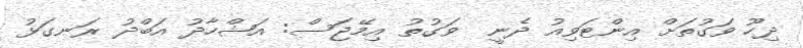
ދިހޫ ވަގުތަށް އިންޓަވިއު ދެނީ  ވަގުތު އިމޭޖަސް: އަޝްހާދު އަބްދު ރަނގަޅު